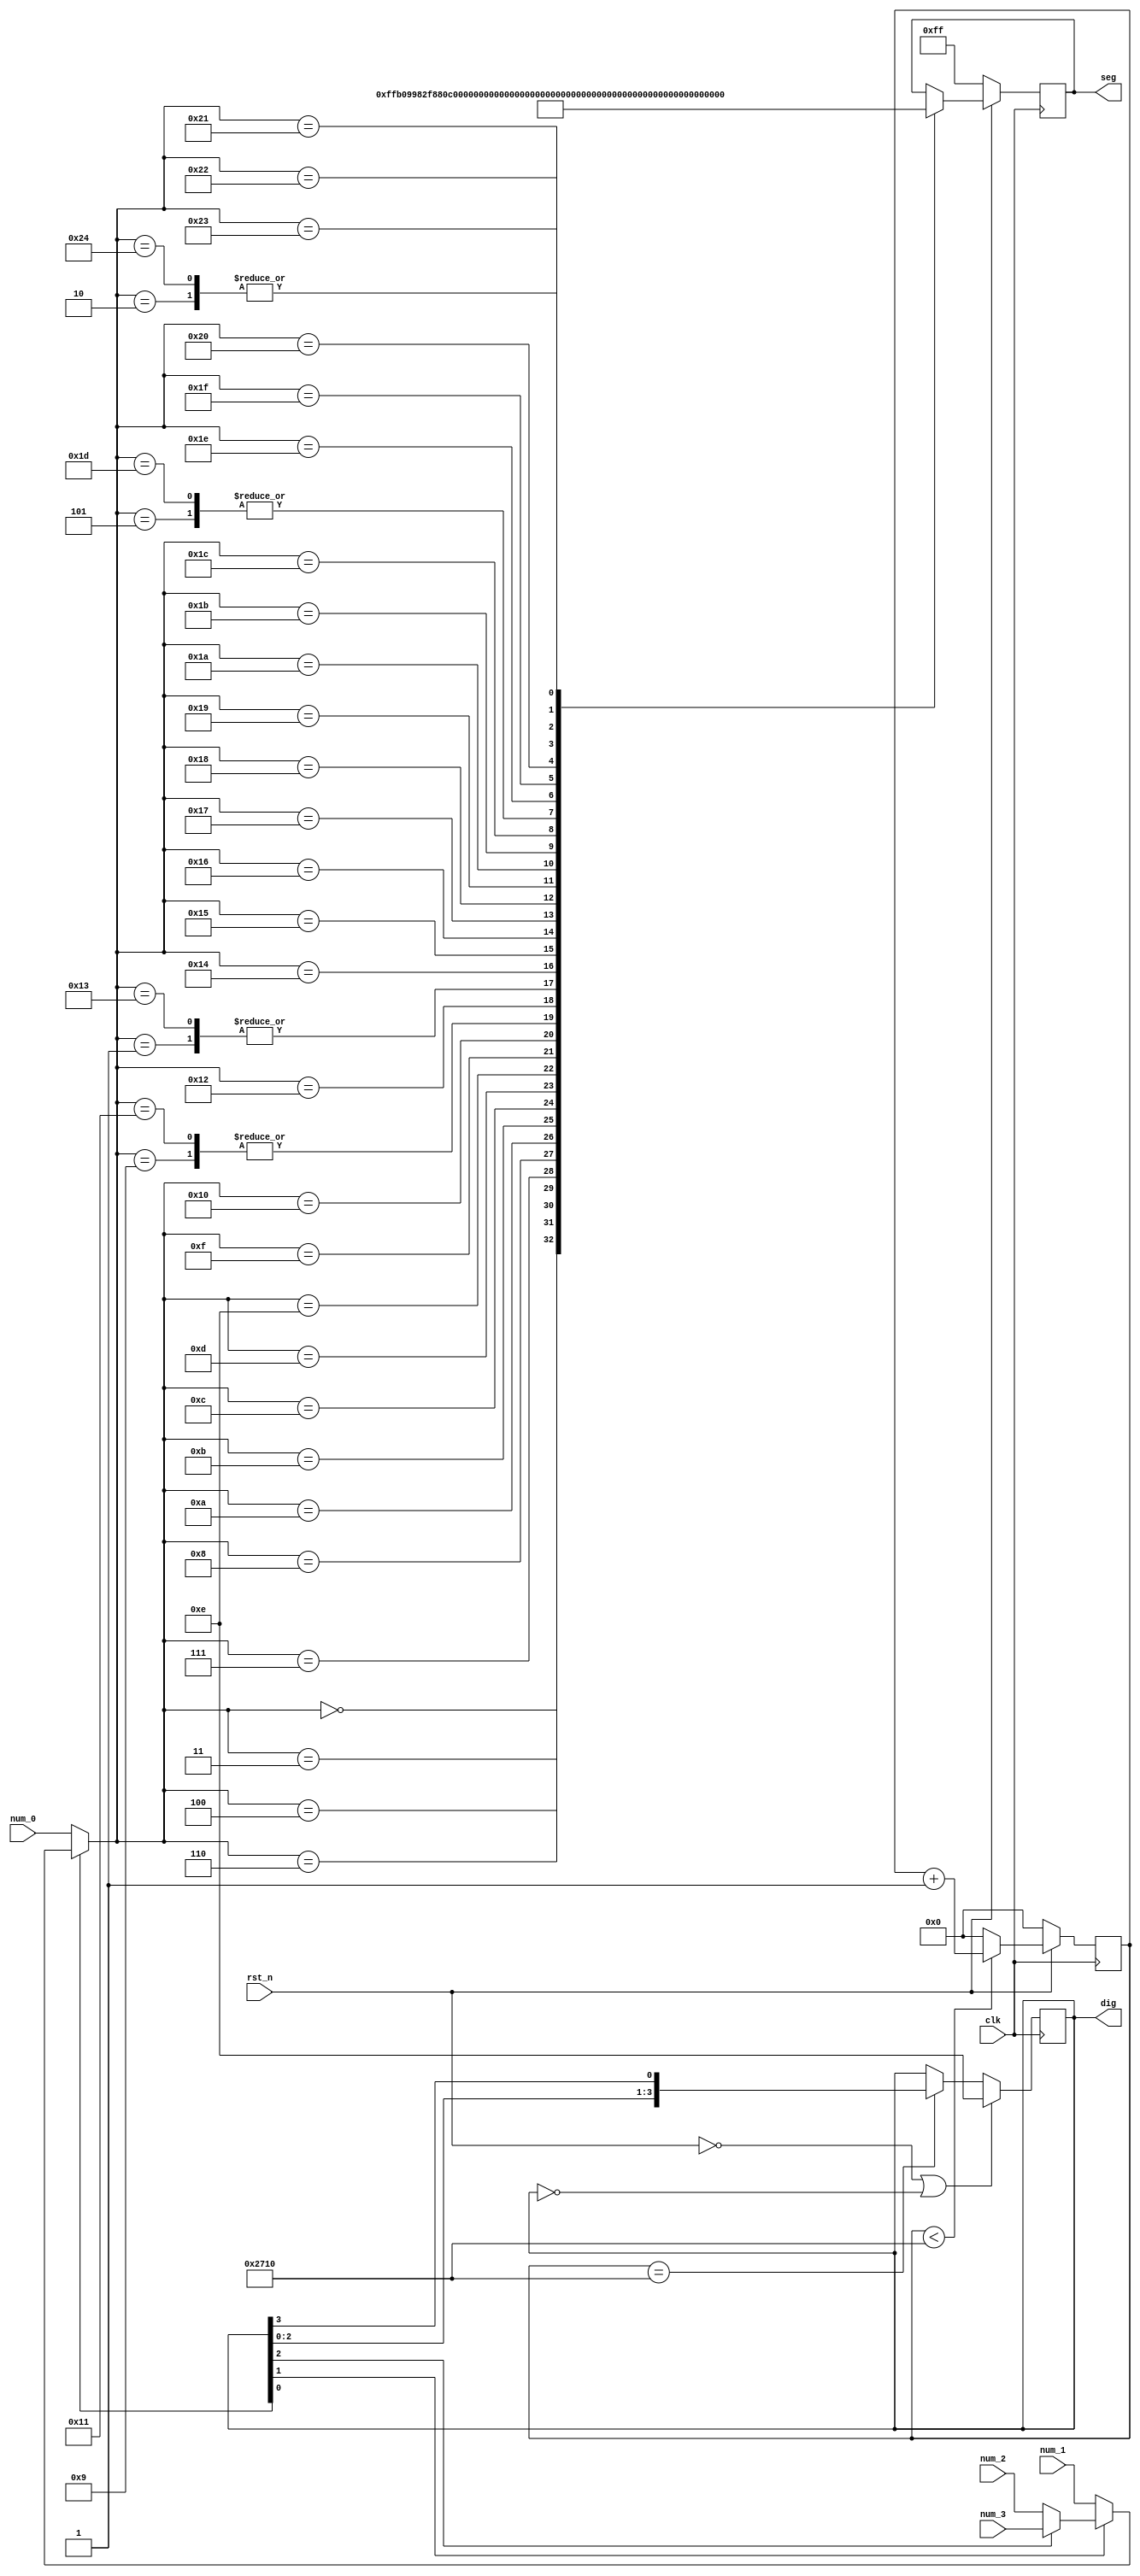
module led (
	input clk,
	input rst_n,
	
	input [5:0] num_0,
	input [5:0] num_1,
	input [5:0] num_2,
	input [5:0] num_3,
	
	output reg [3:0] dig,
	output reg [7:0] seg

);

parameter FRESH_CNT_MAX = 28'd10_000;

// cnt to change to next digit
reg [27:0] fresh_cnt;

wire [5:0] num2disp;
assign num2disp = (~dig[0] ? num_0 : (~dig[1] ? num_1 : (~dig[2] ? num_2 : num_3)));


// counter for each digit
always @ (posedge clk) begin
	if (!rst_n)
		fresh_cnt <= 0;
	else begin
		if (fresh_cnt < FRESH_CNT_MAX) 
			fresh_cnt <= fresh_cnt + 1;
		else
			fresh_cnt <= 0;
	end
end

// change each digit
always @ (posedge clk) begin
	if ((!rst_n) || (dig == 0))
		dig <= 4'b1110;
	else begin
		if (fresh_cnt == FRESH_CNT_MAX) 
			dig <= {{dig[2:0]}, {dig[3]}};
		else
			dig <= dig;
	end
end

// Display segment
always @ (posedge clk) begin
	if (!rst_n)
		seg <= 8'b1111_1111;
	else begin
		case (num2disp)
			6'd0: seg <= 8'b1111_1111;
			6'd1: seg <= 8'b1111_1001;
			6'd2: seg <= 8'b1010_0100;
			6'd3: seg <= 8'b1011_0000;
			6'd4: seg <= 8'b1001_1001;
			6'd5: seg <= 8'b1001_0010;
			6'd6: seg <= 8'b1000_0010;
			6'd7: seg <= 8'b1111_1000;
			6'd8: seg <= 8'b1000_0000;
			6'd9: seg <= 8'b1001_0000;
			6'd10: seg <= 8'b1100_0000;
			6'd11: seg <= 8'b1000_1000;
			6'd12: seg <= 8'b1000_0011;
			6'd13: seg <= 8'b1100_0110;
			6'd14: seg <= 8'b1010_0001;
			6'd15: seg <= 8'b1000_0110;
			6'd16: seg <= 8'b1000_1110;
			6'd17: seg <= 8'b1001_0000;
			6'd18: seg <= 8'b1000_1001;
			6'd19: seg <= 8'b1111_1001;
			6'd20: seg <= 8'b1111_0001;
			6'd21: seg <= 8'b1000_0101;
			6'd22: seg <= 8'b1100_0111;
			6'd23: seg <= 8'b1010_1010;
			6'd24: seg <= 8'b1100_1000;
			6'd25: seg <= 8'b1010_0011;
			6'd26: seg <= 8'b1000_1100;
			6'd27: seg <= 8'b1001_1000;
			6'd28: seg <= 8'b1010_1111;
			6'd29: seg <= 8'b1001_0010;
			6'd30: seg <= 8'b1100_1110;
			6'd31: seg <= 8'b1100_0001;
			6'd32: seg <= 8'b1110_0011;
			6'd33: seg <= 8'b1001_0101;
			6'd34: seg <= 8'b1001_1011;
			6'd35: seg <= 8'b1001_0001;
			6'd36: seg <= 8'b1010_0100;
		endcase
	end
end




endmodule